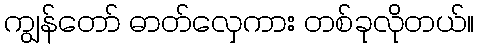
ကျွန်တော် ဓာတ်လှေကား တစ်ခုလိုတယ်။